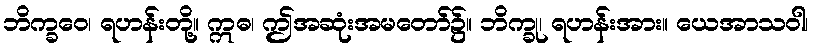
ဘိက္ခဝေ၊ ရဟန်းတို့။ ဣဓ၊ ဤအဆုံးအမတော်၌။ ဘိက္ခု၊ ရဟန်းအား။ ယေအာသဝါ၊